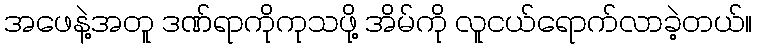
အဖေနဲ့အတူ ဒဏ်ရာကိုကုသဖို့ အိမ်ကို လူငယ်ရောက်လာခဲ့တယ်။